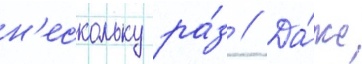
н'ескольку ра́з // Да́же